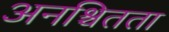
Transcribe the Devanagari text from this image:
अनश्चितता